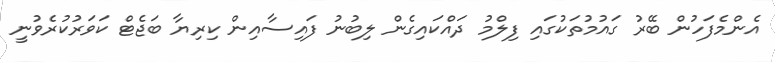
އެންމެފަހުން ބޭރު ގައުމުތަކުގައި ފިލްމު ދައްކައިގެން ލިބުނު ފައިސާއިން ކިރިޔާ ބަޖެޓް ކަވަރުކުރެވުނީ